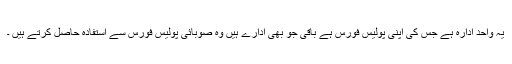
یہ واحد ادارہ ہے جس کی اپنی پولیس فورس ہے باقی جو بھی ادارے ہیں وہ صوبائی پولیس فورس سے استفادہ حاصل کرتے ہیں ۔